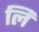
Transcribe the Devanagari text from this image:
लिं